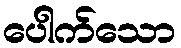
ပေါက်သော